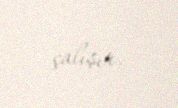
çalışır.